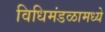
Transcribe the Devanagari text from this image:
विधिमंडळामध्‍ये